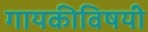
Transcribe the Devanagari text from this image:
गायकीविषयी